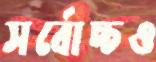
সর্বোচ্চও